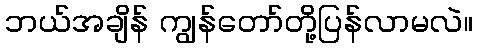
ဘယ်အချိန် ကျွန်တော်တို့ပြန်လာမလဲ။